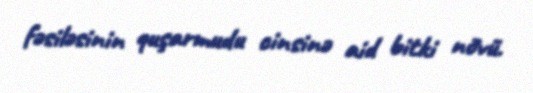
fəsiləsinin quşarmudu cinsinə aid bitki növü.